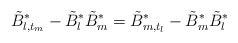
\begin{align*}\tilde B^*_{l,t_m} -\tilde B^*_{l}\tilde B_{m}^*= \tilde B^*_{m,t_l} -\tilde B^*_{m}\tilde B^*_{l}\end{align*}